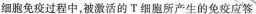
细胞免疫过程中，被激活的T细胞所产生的免疫应答